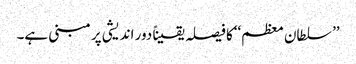
’’ سلطان معظم‘‘کا فیصلہ یقیناً دور اندیشی پر مبنی ہے۔